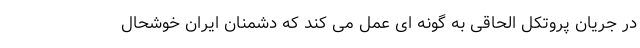
در جریان پروتکل الحاقی به گونه ای عمل می کند که دشمنان ایران خوشحال